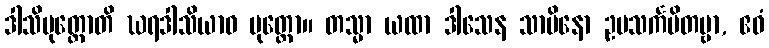
ဒါသိပုတ္တောတိ ဃရဒါသိယာဝ ပုတ္တော။ တသ္မာ ယထာ ဒါသေန သာမိနော ဥပသင်္ကမိတဗ္ဗာ, ဧဝံ